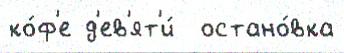
ко́ф'е д'ев'ят'и́  остано́вка